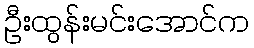
ဦးထွန်းမင်းအောင်က